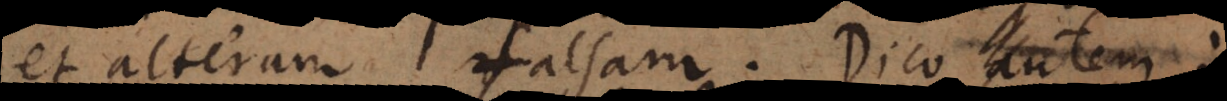
et alteram falsam. Dico autem: